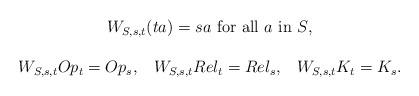
LaTeX: \begin{align*}\begin{array}{c}W_{S,s,t}(ta)= sa \mbox{ for all $a$ in $S$},\\\\ W_{S,s,t}Op_{t}=Op_{s},\;\;\; W_{S,s,t}Rel_{t}=Rel_{s},\;\;\;W_{S,s,t}K_{t}=K_{s}.\end{array}\end{align*}